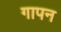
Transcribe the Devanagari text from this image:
गापन